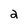
Character: a